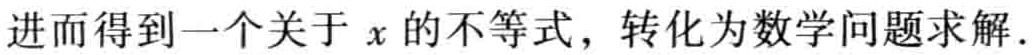
进而得到一个关于 \(x\) 的不等式，转化为数学问题求解.